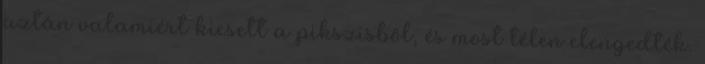
aztán valamiért kiesett a pikszisből, és most télen elengedték.